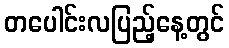
တပေါင်းလပြည့်နေ့တွင်